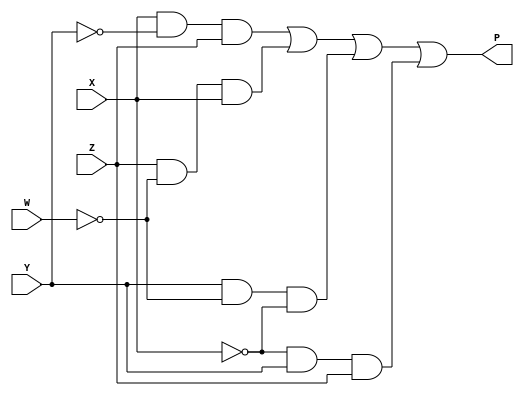
module mProjstep7(W, X, Y, Z, P);
	input W, X, Y, Z;
	output P;
	
	assign P = (X & ~Y & Z) | (Z & ~W & X) | (Y & ~W & ~X) | (~X & Y & Z);

endmodule